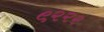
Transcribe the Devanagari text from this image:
९२२२